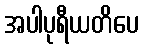
အပါပုရီယတိပေ